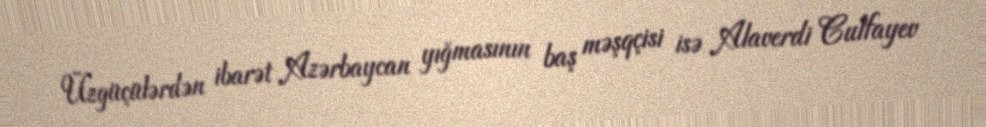
Üzgüçülərdən ibarət Azərbaycan yığmasının baş məşqçisi isə Alaverdi Culfayev